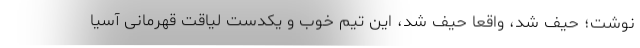
نوشت؛ حیف شد، واقعا حیف شد، این تیم خوب و یکدست لیاقت قهرمانی آسیا